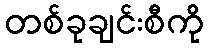
တစ်ခုချင်းစီကို